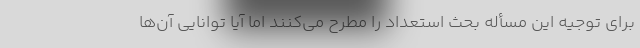
برای توجیه این مسأله بحث استعداد را مطرح می‌کنند اما آیا توانایی آن‌ها